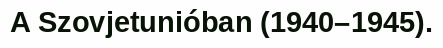
A Szovjetunióban (1940–1945).